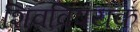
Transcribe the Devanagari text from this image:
शिवविषयक